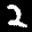
Digit: 2